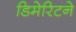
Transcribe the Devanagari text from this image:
डिमेरिटने